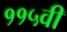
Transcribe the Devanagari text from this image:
११५वी